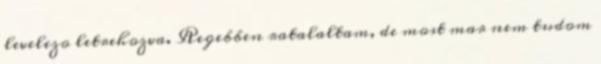
levelezo letrehozva. Regebben ratalaltam, de most mar nem tudom